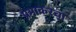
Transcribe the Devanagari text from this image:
प्रभाकरचा